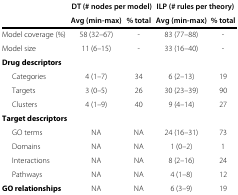
|  | <COLSPAN=2> DT (# nodes per model) | <COLSPAN=2> ILP (# rules per theory) |
 |  | Avg (min-max) | % total | Avg (min-max) | % total |
 | --- | --- | --- | --- | --- |
 | Model coverage (%) | 58 (32–67) | - | 83 (77–88) | - |
 | Model size | 11 (6–15) | - | 33 (16–40) | - |
 | Drug descriptors |  |  |  |  |
 | Categories | 4 (1–7) | 34 | 6 (2–13) | 19 |
 | Targets | 3 (0–5) | 26 | 30 (23–39) | 90 |
 | Clusters | 4 (1–9) | 40 | 9 (4–14) | 27 |
 | Target descriptors |  |  |  |  |
 | GO terms | NA | NA | 24 (16–31) | 73 |
 | Domains | NA | NA | 1 (0–2) | 1 |
 | Interactions | NA | NA | 8 (2–16) | 24 |
 | Pathways | NA | NA | 4 (1–8) | 12 |
 | GO relationships | NA | NA | 6 (3–9) | 19 |